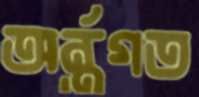
অর্ন্তগত